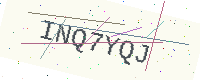
Text: INQ7YQJ